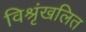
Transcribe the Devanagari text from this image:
विश्रृंखलित